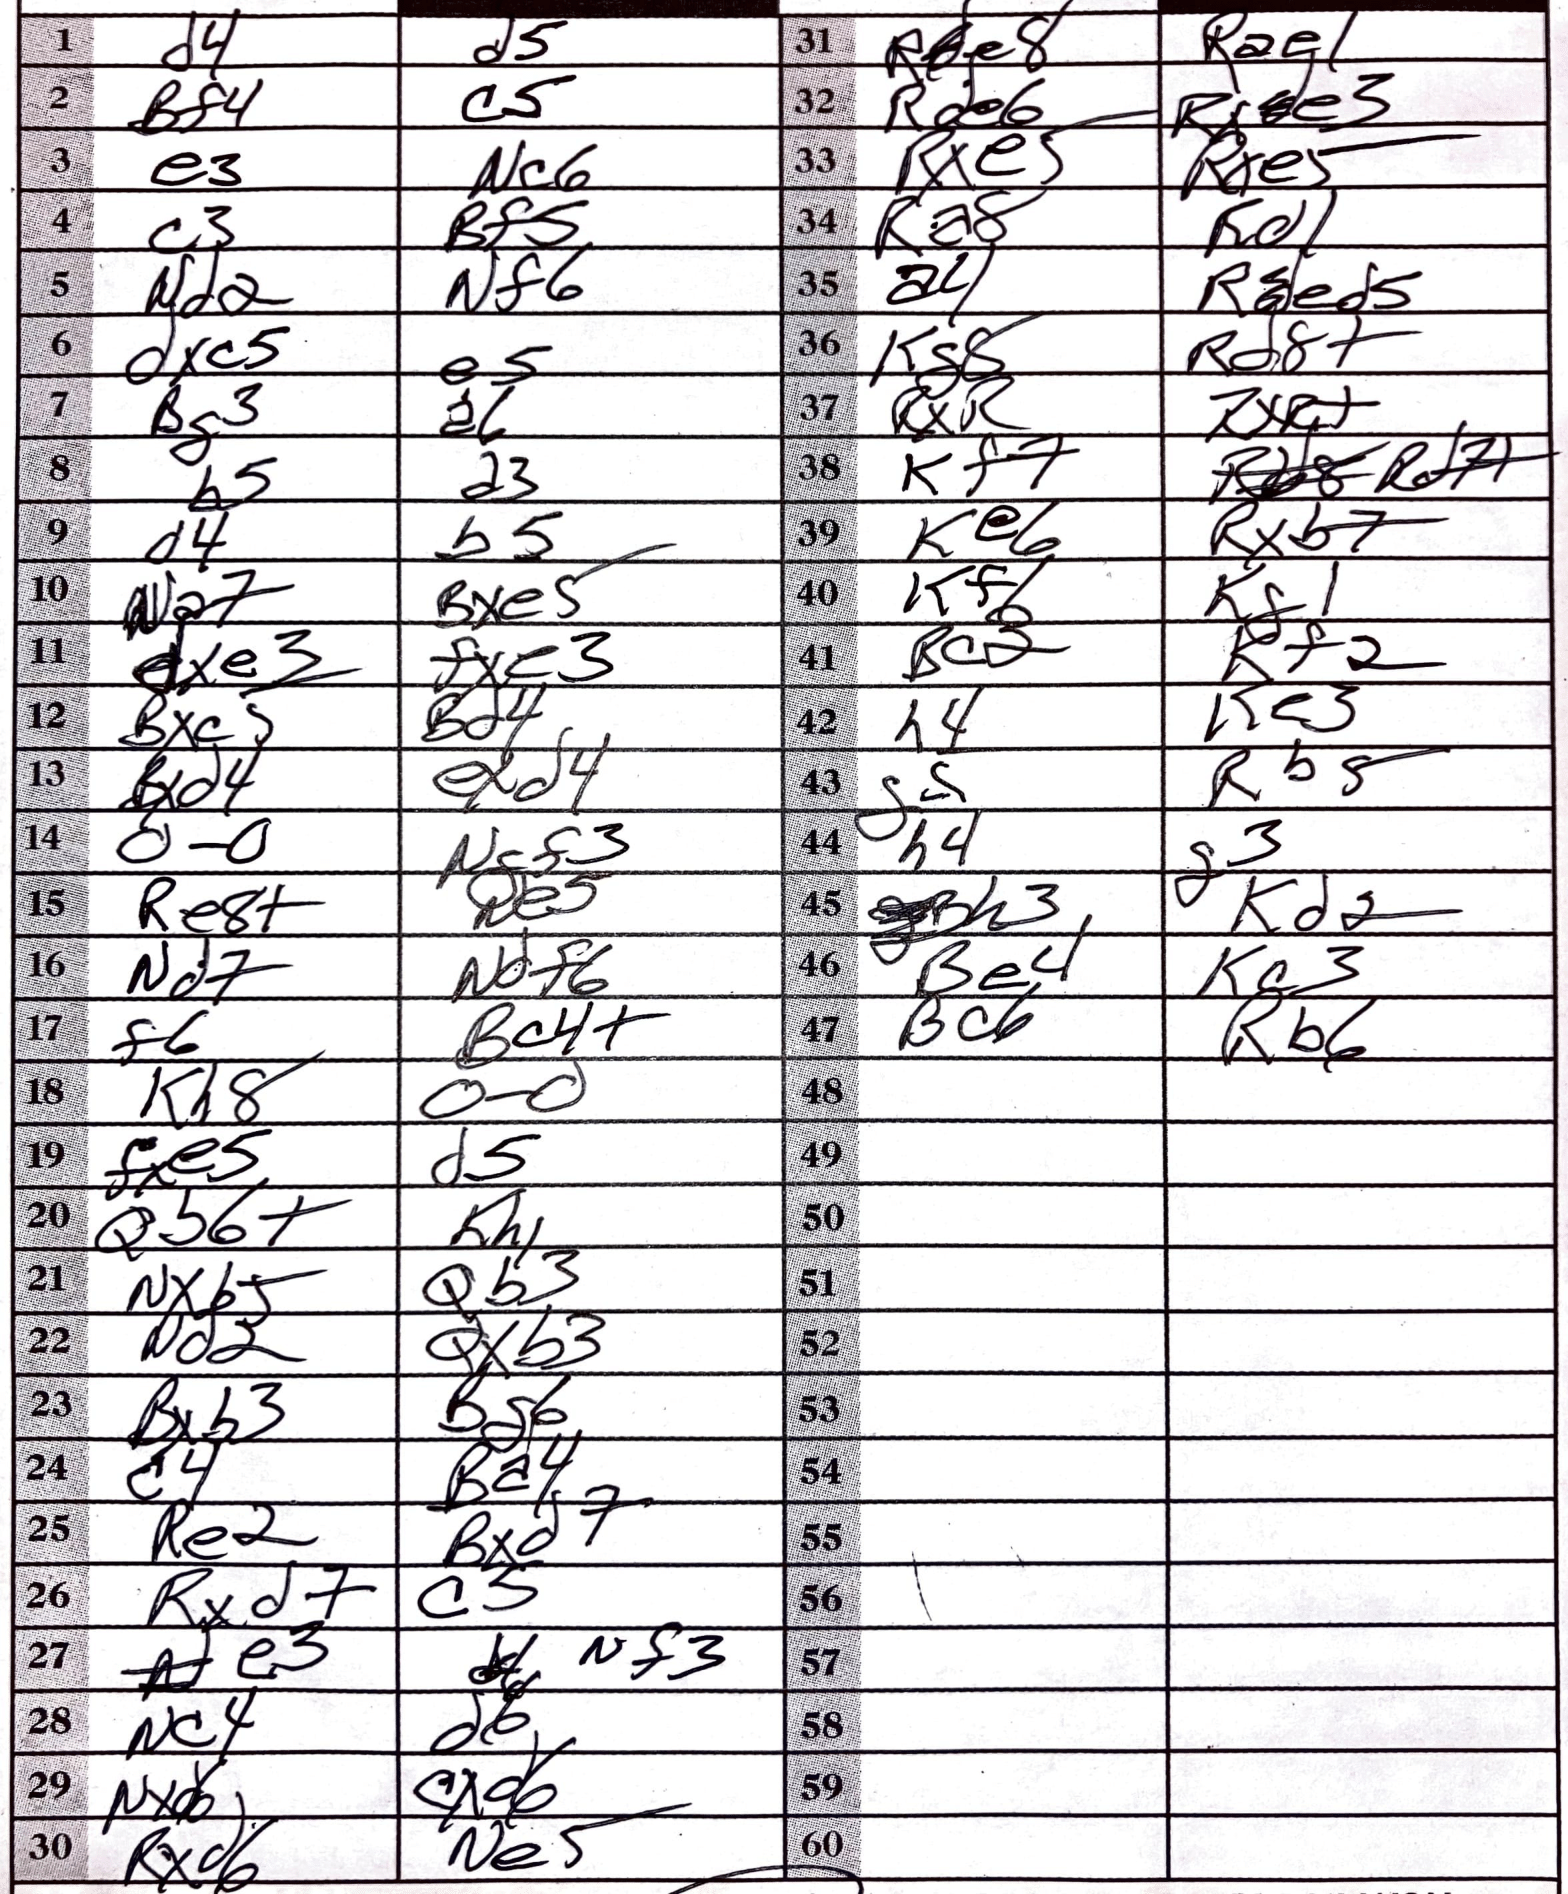
Moves: d4 d5 Bf4 c5 e3 Nc6 c3 Bf5 Nd2 Nf6 dxc5 e5 Bg3 a6 b5 a3 d4 b5 Na7 Bxe5 dxe3 fxe3 Bxc5 Bd4 Bxd4 exd4 O-O Ngf3 Re8+ Ne5 Nd7 Ndf6 f6 Bc4+ Kh8 O-O fxe5 d5 Qb6+ Kh1 Nxb5 Qb3 Nd2 Qxb3 Bxb3 Bg6 c4 Ba4 Re2 Bxd7 Rxd7 c5 e3 Nf3 Nc4 d6 Nxd6 cxd6 Rxd6 Ne5 Rde8 Rae1 Rde6 Rxe3 Rxe5 Rxe5 Ra8 Rd1 a4 Red5 Kg8 Rd8+ RxR RxR+ Kf7 Rd7+ Ke6 Rxb7 Kf1 Kg1 Bc2 Kf2 h4 Ke3 g4 Rb5 h4 g3 Bh3 Kd2 Be4 Kc3 Bc6 Rb6